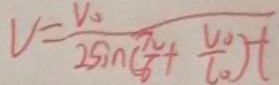
V = \frac { V _ { 0 } } { 2 \sin ( \frac { \pi } { 6 } + \frac { w _ { 0 } } { l _ { 0 } } ) t }